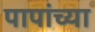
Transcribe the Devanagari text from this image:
पापांच्‍या